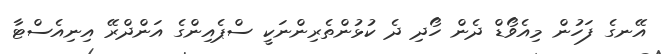
އޭނގެ ފަހުން މިއެވޯޑް ދެން ހޯދި ދެ ކުޅުންތެރިންނަކީ ސްޕެއިންގެ އަންދްރޭ އިނިއެސްޓާ